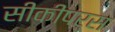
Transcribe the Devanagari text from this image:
सीकीपर्स